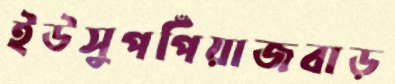
ইউসুপপিঁয়াজবাড়